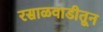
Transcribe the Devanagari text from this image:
रसाळवाडीतून